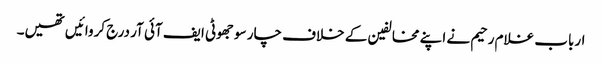
ارباب غلام رحیم نے اپنے مخالفین کے خلاف چار سو جھوٹی ایف آئی آر درج کروائیں تھیں۔